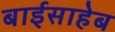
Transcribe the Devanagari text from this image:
बाईसाहेब